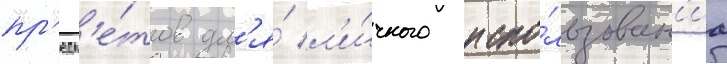
пр'едм'е́тов дл'я́ л'и́чного испо́льзован'иа